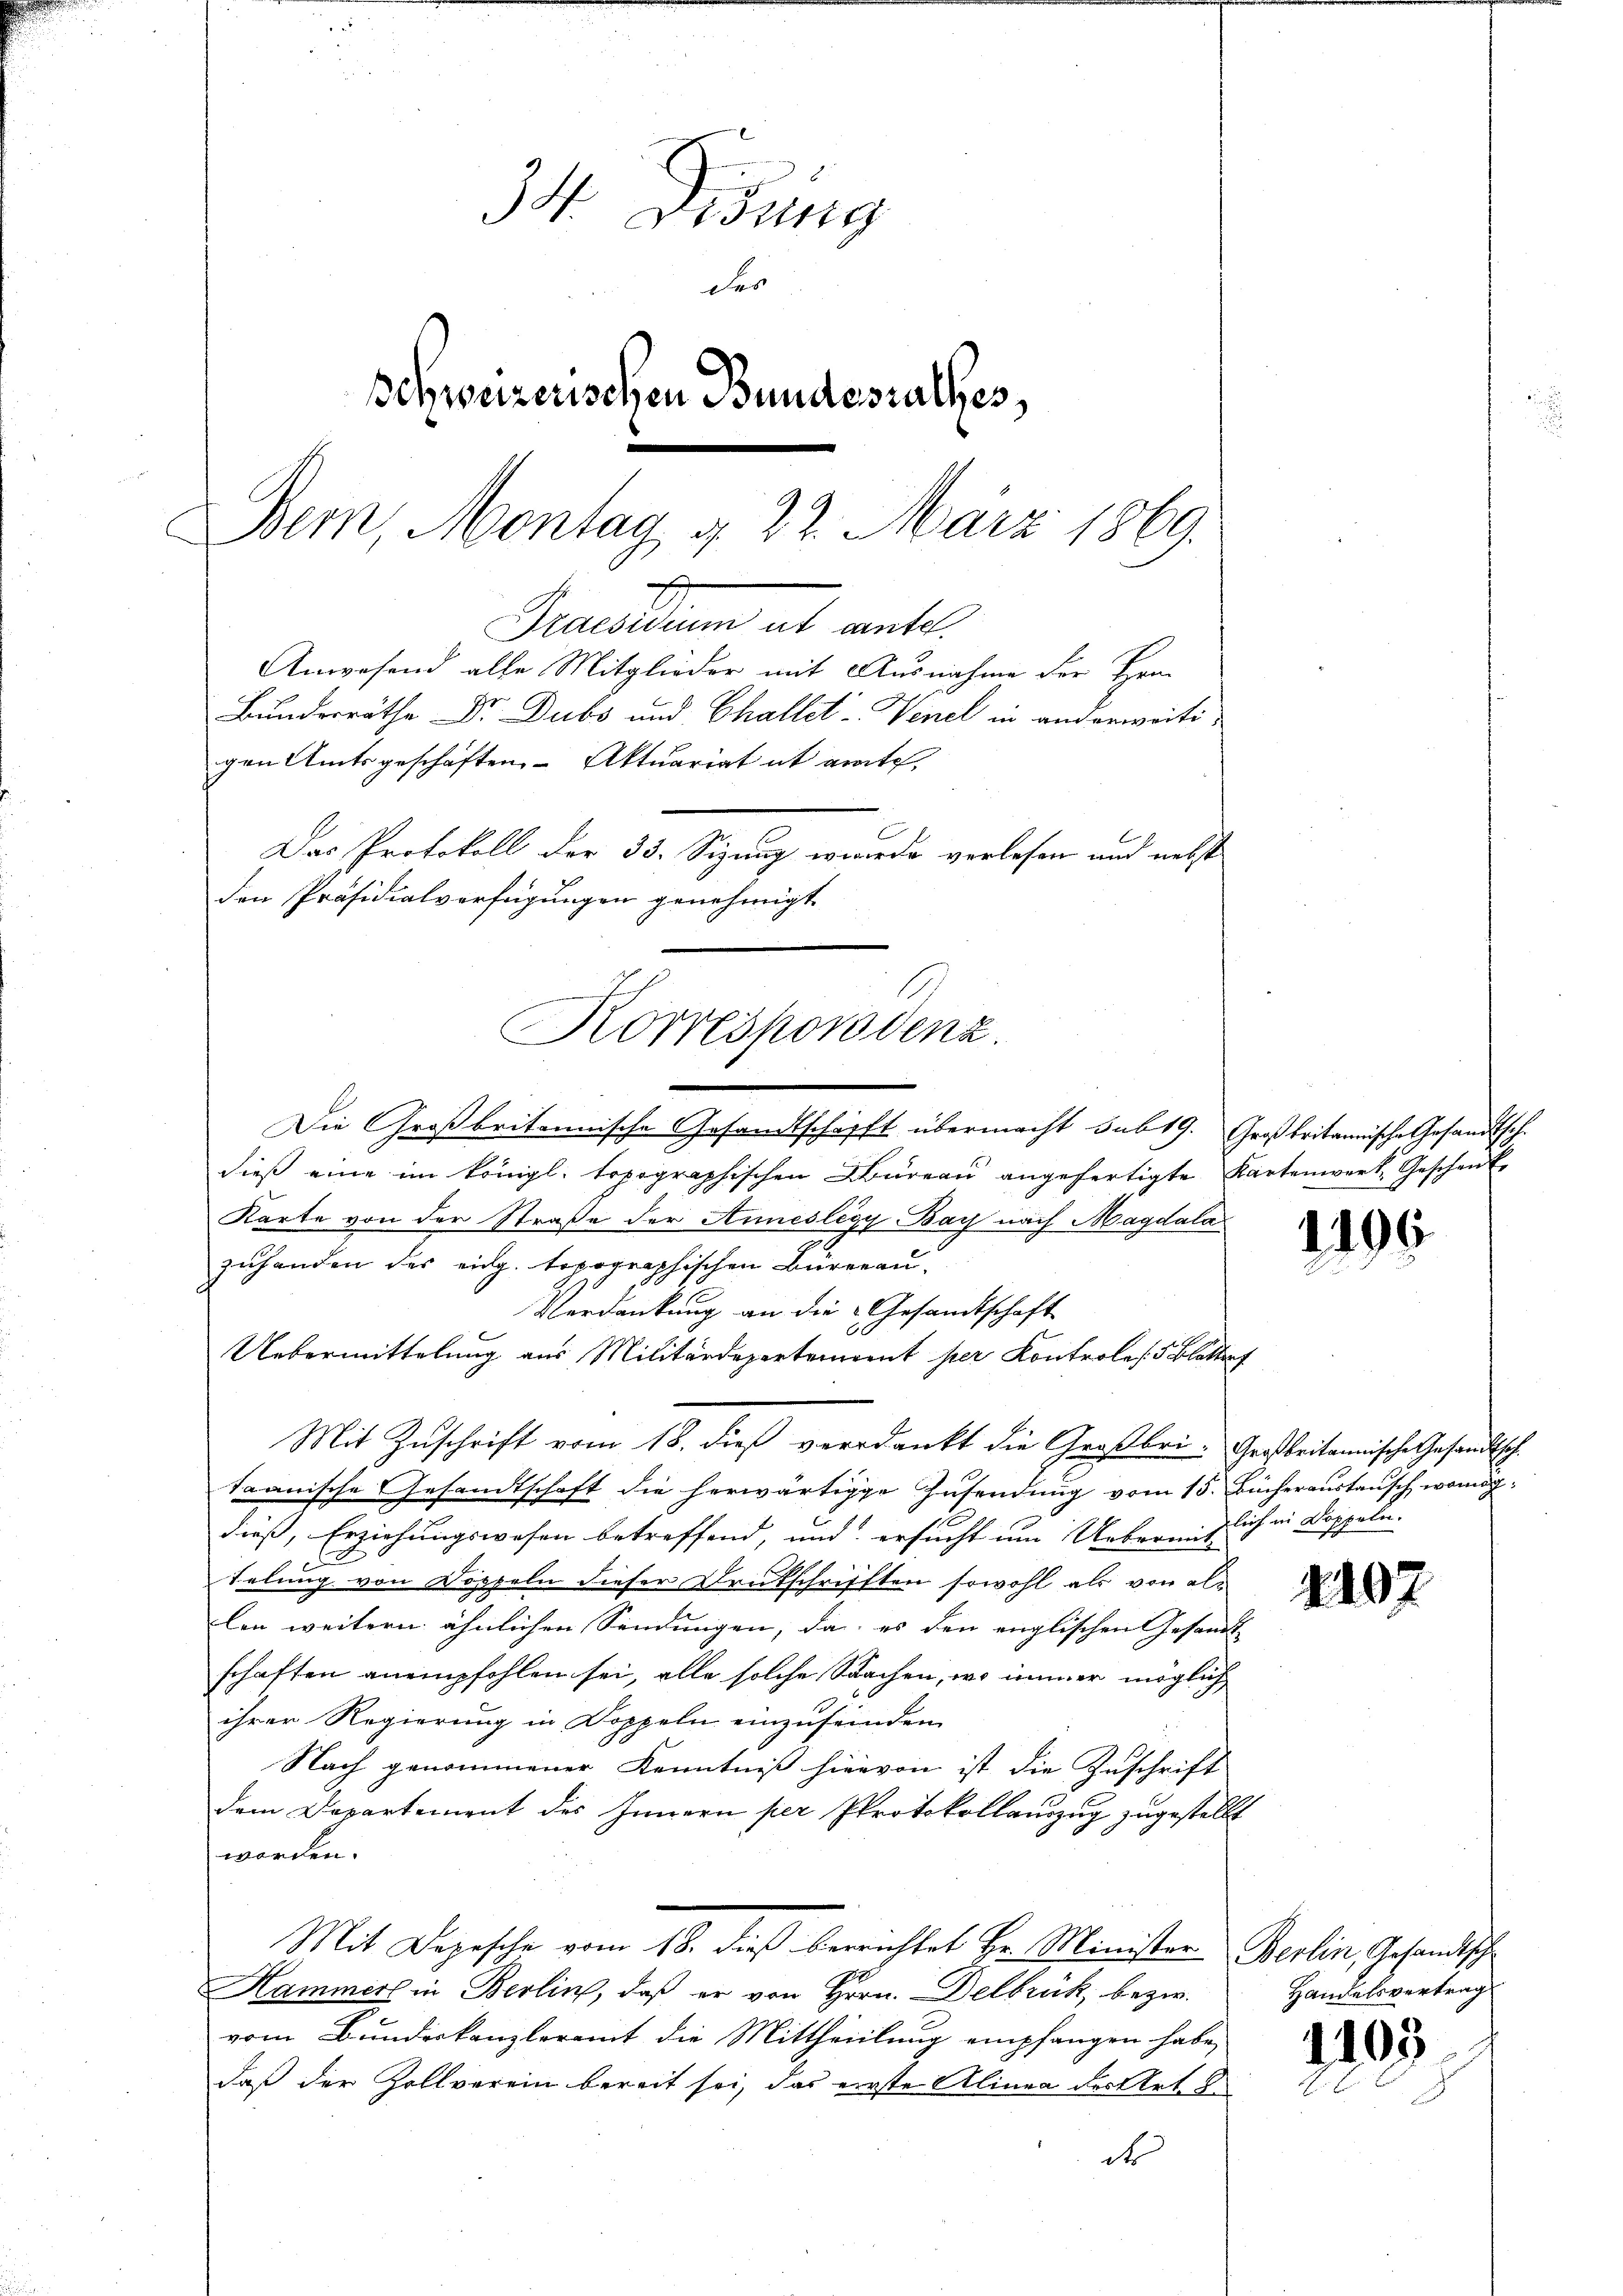
gen Amtsgeschäften-Aktuariat it grate,
Das Protokoll der 33. Seizung wiede verlesen und nebst
den Präsidialverfügungen genehmigt
1
Korrespondenz.

e
Die Großbritannische Gesandtschafft übermacht sub 19.
dieß eine im Königl. topographischen Büreau angefertigte
Karte von der Straße der Anneslègy Bach nach Magdala
zuhanden des eidg. topographischen Büreau¬
Verdankung an die Gesandtschaft
Uebermittelung aus Militärdepartement per Kontroles. 5 Blatt
Mit Zuschrift vom 18. dieß verdankt die Großbritaanische Gesandtschaft die herwärtige Zusendung vom 15.
dieß, Erziehungswesen betreffend, und ersucht um Uebermit
telung von Doppeln dieser Drukschrifften sowohl als von allen weitern ähnlichen Sendungen, da es den englischen Gesand- |
schaften anempfohlen sei, alle solche Sachen, wo immer möglich
ihrer Regierung in Doppeln einzuseinden
Nach genommener Kenntniß hiervon ist die Zuschrift
dem Departement des Innern per Protokollauszug zugestell
worden.
Mit Depesche vom 18. dieß berrichtet Hr. Minister
Hammer in Berlin, daß er von Hrrn. Delbrück, bezw.
vom Bundeskanzleramt die Mittheilung empfangen habe,
daß der Zollverein bereit sei, das eirste Alinea des Art. 8
de

34. Disung
der
schweizerischen Bundesrathes
Bein Montag g 22. März 1869.

Praesidium ut cante.
Anwesend alle Mitglieder mit Ausnahme der Her¬
Bundesräthe Dr. Dubs und Challet-Venel in anderweiti¬

Großbritannische Gesandtsch.
Kartenwerk, Geschen E

1196

Großbritannische Gesandtsch.
Bücheraustausch wenig.
lich in Doppeln.

E

1402

Berlin, Gesandtsch
Handelsvertrag
1103